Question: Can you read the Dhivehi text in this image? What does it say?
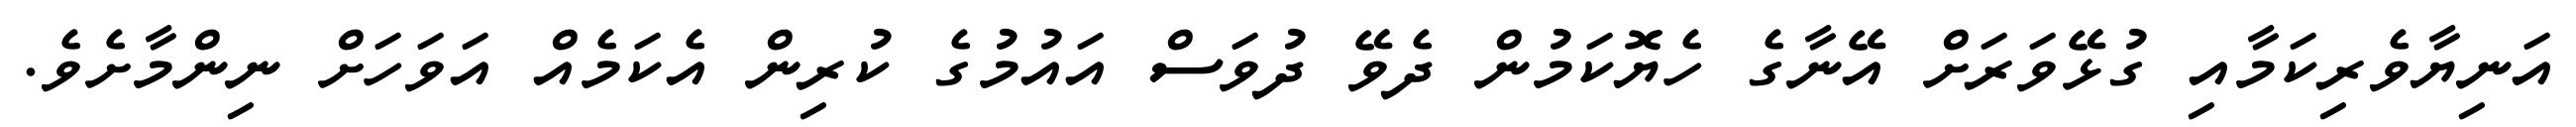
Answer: އަނިޔާވެރިކަމާއި ގުޅޭވަރަށް އޭނާގެ ހެޔޮކަމުން ދެވޭ ދުވަސް އައުމުގެ ކުރިން އެކަމެއް އަވަހަށް ނިންމާށެވެ.